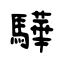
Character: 驊